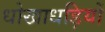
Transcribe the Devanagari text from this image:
धोखाधड़ियों